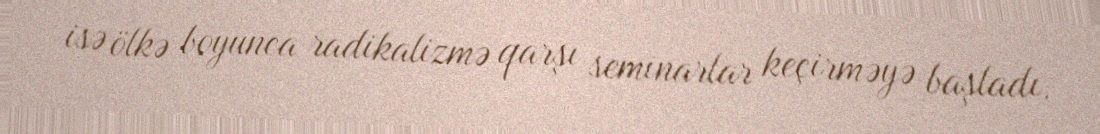
isə ölkə boyunca radikalizmə qarşı seminarlar keçirməyə başladı.